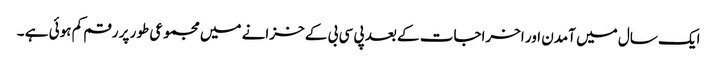
ایک سال میں آمدن اور اخراجات کے بعد پی سی بی کے خزانے میں مجموعی طور پر رقم کم ہوئی ہے ۔